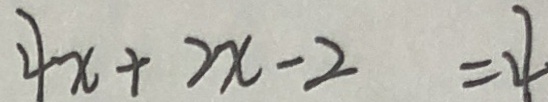
4 x + 2 x - 2 = 4